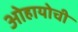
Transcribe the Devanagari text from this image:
ओहायोची